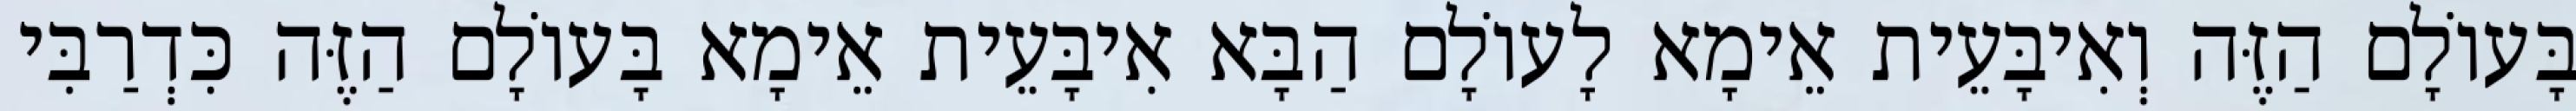
בָּעוֹלָם הַזֶּה וְאִיבָּעֵית אֵימָא לָעוֹלָם הַבָּא אִיבָּעֵית אֵימָא בָּעוֹלָם הַזֶּה כִּדְרַבִּי